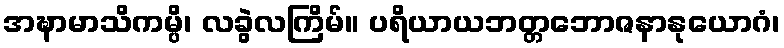
အဍ္ဎာမာသိကမ္ပိ၊ လခွဲလကြိမ်။ ပရိယာယဘတ္တဘောဇနာနုယောဂံ၊